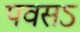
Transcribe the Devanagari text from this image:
पवसऽ